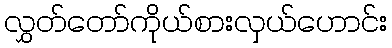
လွှတ်တော်ကိုယ်စားလှယ်ဟောင်း